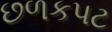
છળકપટ